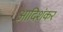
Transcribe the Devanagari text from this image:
आदिशंकर